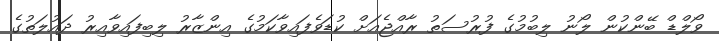
ވޯލްޑް ބޭންކުން ލޯނު ލިބުމުގެ ފުރުސަތު ރާއްޖެއަށް ކުޑަވެފައިވާކަމުގެ އިންޒާރު ލިބިފައިވާއިރު ދައުލަތުގެ